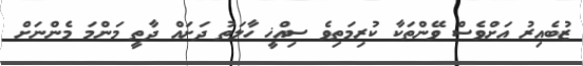
ޒުބެއިރު އަށްވެސް ވޭންތަކާ ކުރިމަތިވެ ސިއްޚީ ހާލަތު ދަށައް ދާތީ މަންމަ މެންނަށް